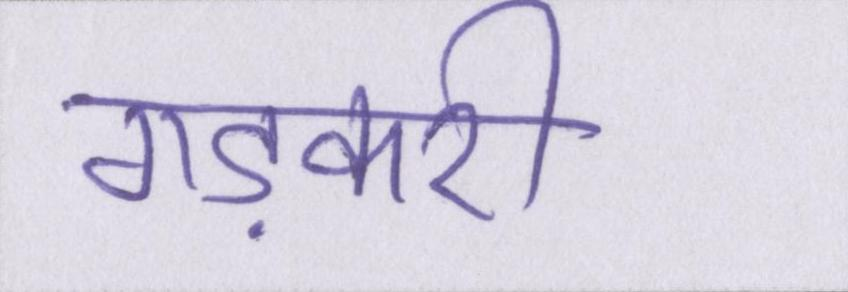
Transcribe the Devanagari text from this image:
गड़करी